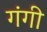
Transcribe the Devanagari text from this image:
गंगी